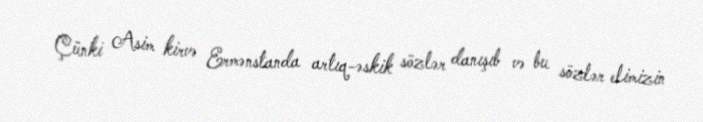
Çünki Asim kirvə Ermənstanda artıq-əskik sözlər danışıb və bu sözlər elimizin